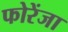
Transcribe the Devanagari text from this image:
फोरेंजा